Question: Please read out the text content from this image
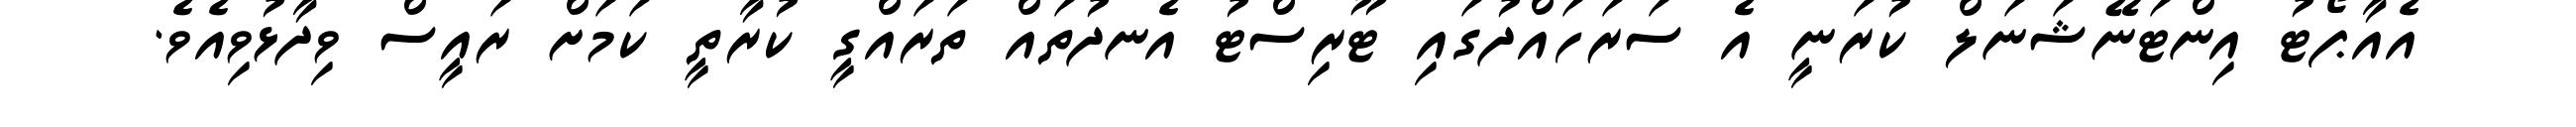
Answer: އެއާޕޯޓު އިންޓަނޭޝަނަލް ކުރަނީ އެ ސަރަހައްދުގައި ޓޫރިސްޓު އެނދުތައް ތަރައްގީ ކުރާތީ ކަމަށް ރައީސް ވިދާޅުވިއެވެ.